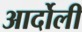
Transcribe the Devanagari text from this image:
आर्दोली